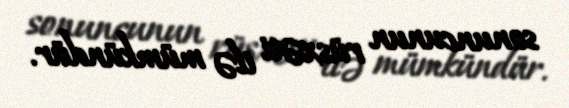
sonuncunun rüsxəti ilə mümkündür.